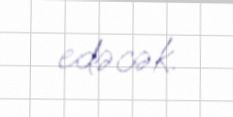
edəcək.